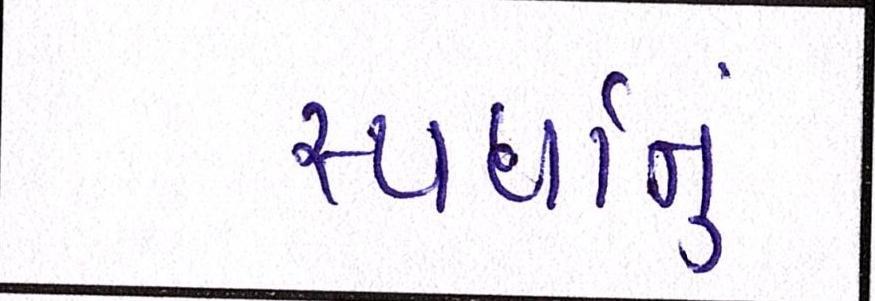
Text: સ્પર્ધાનું